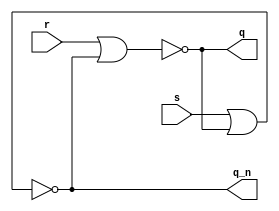
module sr_latch
(
input s,
input r,
output q,
output q_n
);
assign q = ~ ( r | q_n );
assign q_n = ~ ( s | q );
endmodule